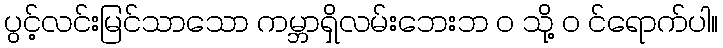
ပွင့်လင်းမြင်သာသော ကမ္ဘာရှိလမ်းဘေးဘ ၀ သို့ ၀ င်ရောက်ပါ။